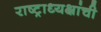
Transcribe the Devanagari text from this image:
राष्ट्राध्यक्षांची